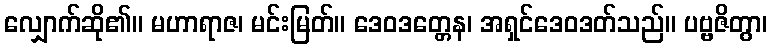
လျှောက်ဆို၏။ မဟာရာဇ၊ မင်းမြတ်။ ဒေဝဒတ္တေန၊ အရှင်ဒေဝဒတ်သည်။ ပဗ္ဗဇိတွာ၊